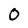
Character: 0